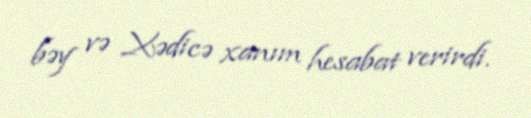
bəy və Xədicə xanım hesabat verirdi.